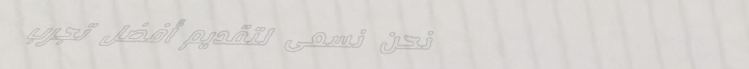
نحن نسعى لتقديم أفضل تجرب